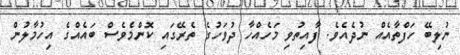
ނުލިބޭ ހަފްތާއެއް ނުދެއެވެ. ފާއިތުވި މަހެއްހާ ދުވަހުގެ ތެރޭގައި ކޮންމެވެސް ބައެއްގެ އިހުމާލުން